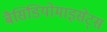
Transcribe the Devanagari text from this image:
बैसिडियोमाइसेट्स